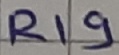
Text: R19